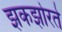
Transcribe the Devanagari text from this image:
झकझोरते